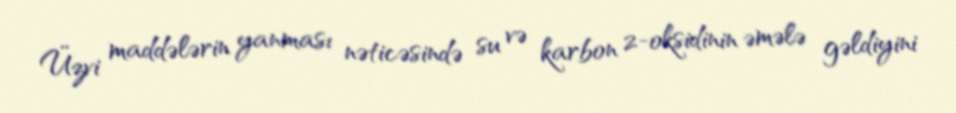
Üzvi maddələrin yanması nəticəsində su və karbon 2-oksidinin əmələ gəldiyini